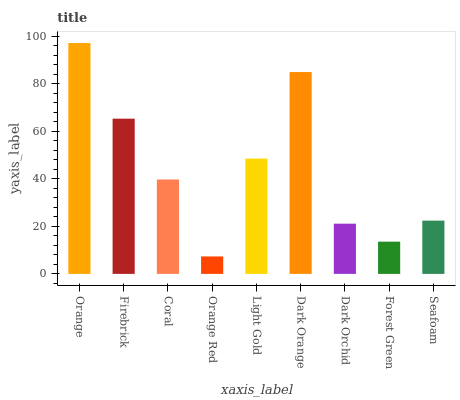
| xaxis_label | bars |
 | --- | --- |
 | Orange | 97.1 |
 | Firebrick | 65.3 |
 | Coral | 39.7 |
 | Orange Red | 7.35 |
 | Light Gold | 48.5 |
 | Dark Orange | 84.9 |
 | Dark Orchid | 21.1 |
 | Forest Green | 13.6 |
 | Seafoam | 22.4 |